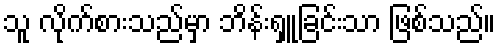
သူ လိုက်စားသည်မှာ ဘိန်းရှူခြင်းသာ ဖြစ်သည်။